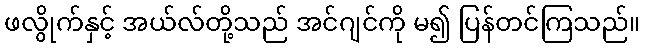
ဖလွိုက်နှင့် အယ်လ်တို့သည် အင်ဂျင်ကို မ၍ ပြန်တင်ကြသည်။